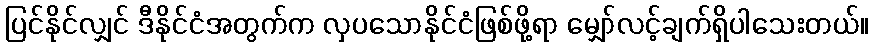
ပြင်နိုင်လျှင် ဒီနိုင်ငံအတွက်က လှပသောနိုင်ငံဖြစ်ဖို့ရာ မျှော်လင့်ချက်ရှိပါသေးတယ်။